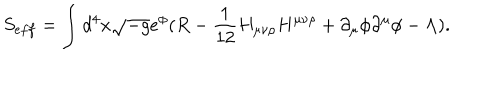
S _ { e f f } = \int d ^ { 4 } x \sqrt { - g } e ^ { \phi } ( R - \frac { 1 } { 1 2 } H _ { \mu \nu \rho } H ^ { \mu \nu \rho } + \partial _ { \mu } \phi \partial ^ { \mu } \phi - \Lambda ) .